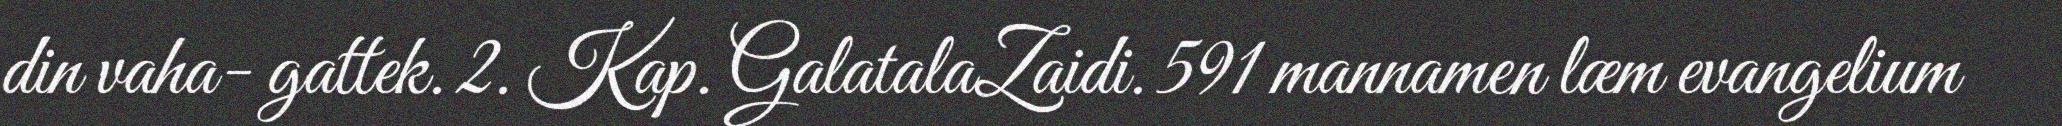
din vaha- gattek. 2. Kap. GalatalaZaidi. 591 mannamen læm evangelium